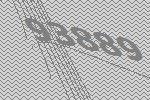
93889